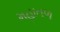
મહાતળ